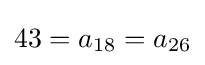
43=a_{18}=a_{26}